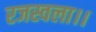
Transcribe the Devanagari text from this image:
रजस्वला।।